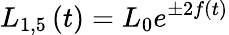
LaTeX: L_{1,5}\left(t\right)=L_{0}e^{\pm 2f\left(t\right)}